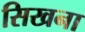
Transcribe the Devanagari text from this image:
सिखना